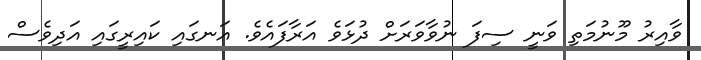
ވާއިރު މޫނުމަތި ވަނީ ސިފަ ނުވާވަރަށް ދުޅަވެ އަރާފައެވެ. އަނގައި ކައިރީގައި އަދިވެސް